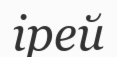
ірей